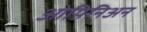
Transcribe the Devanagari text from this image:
ओपिनिअन